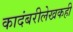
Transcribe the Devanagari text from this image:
कादंबरीलेखकही